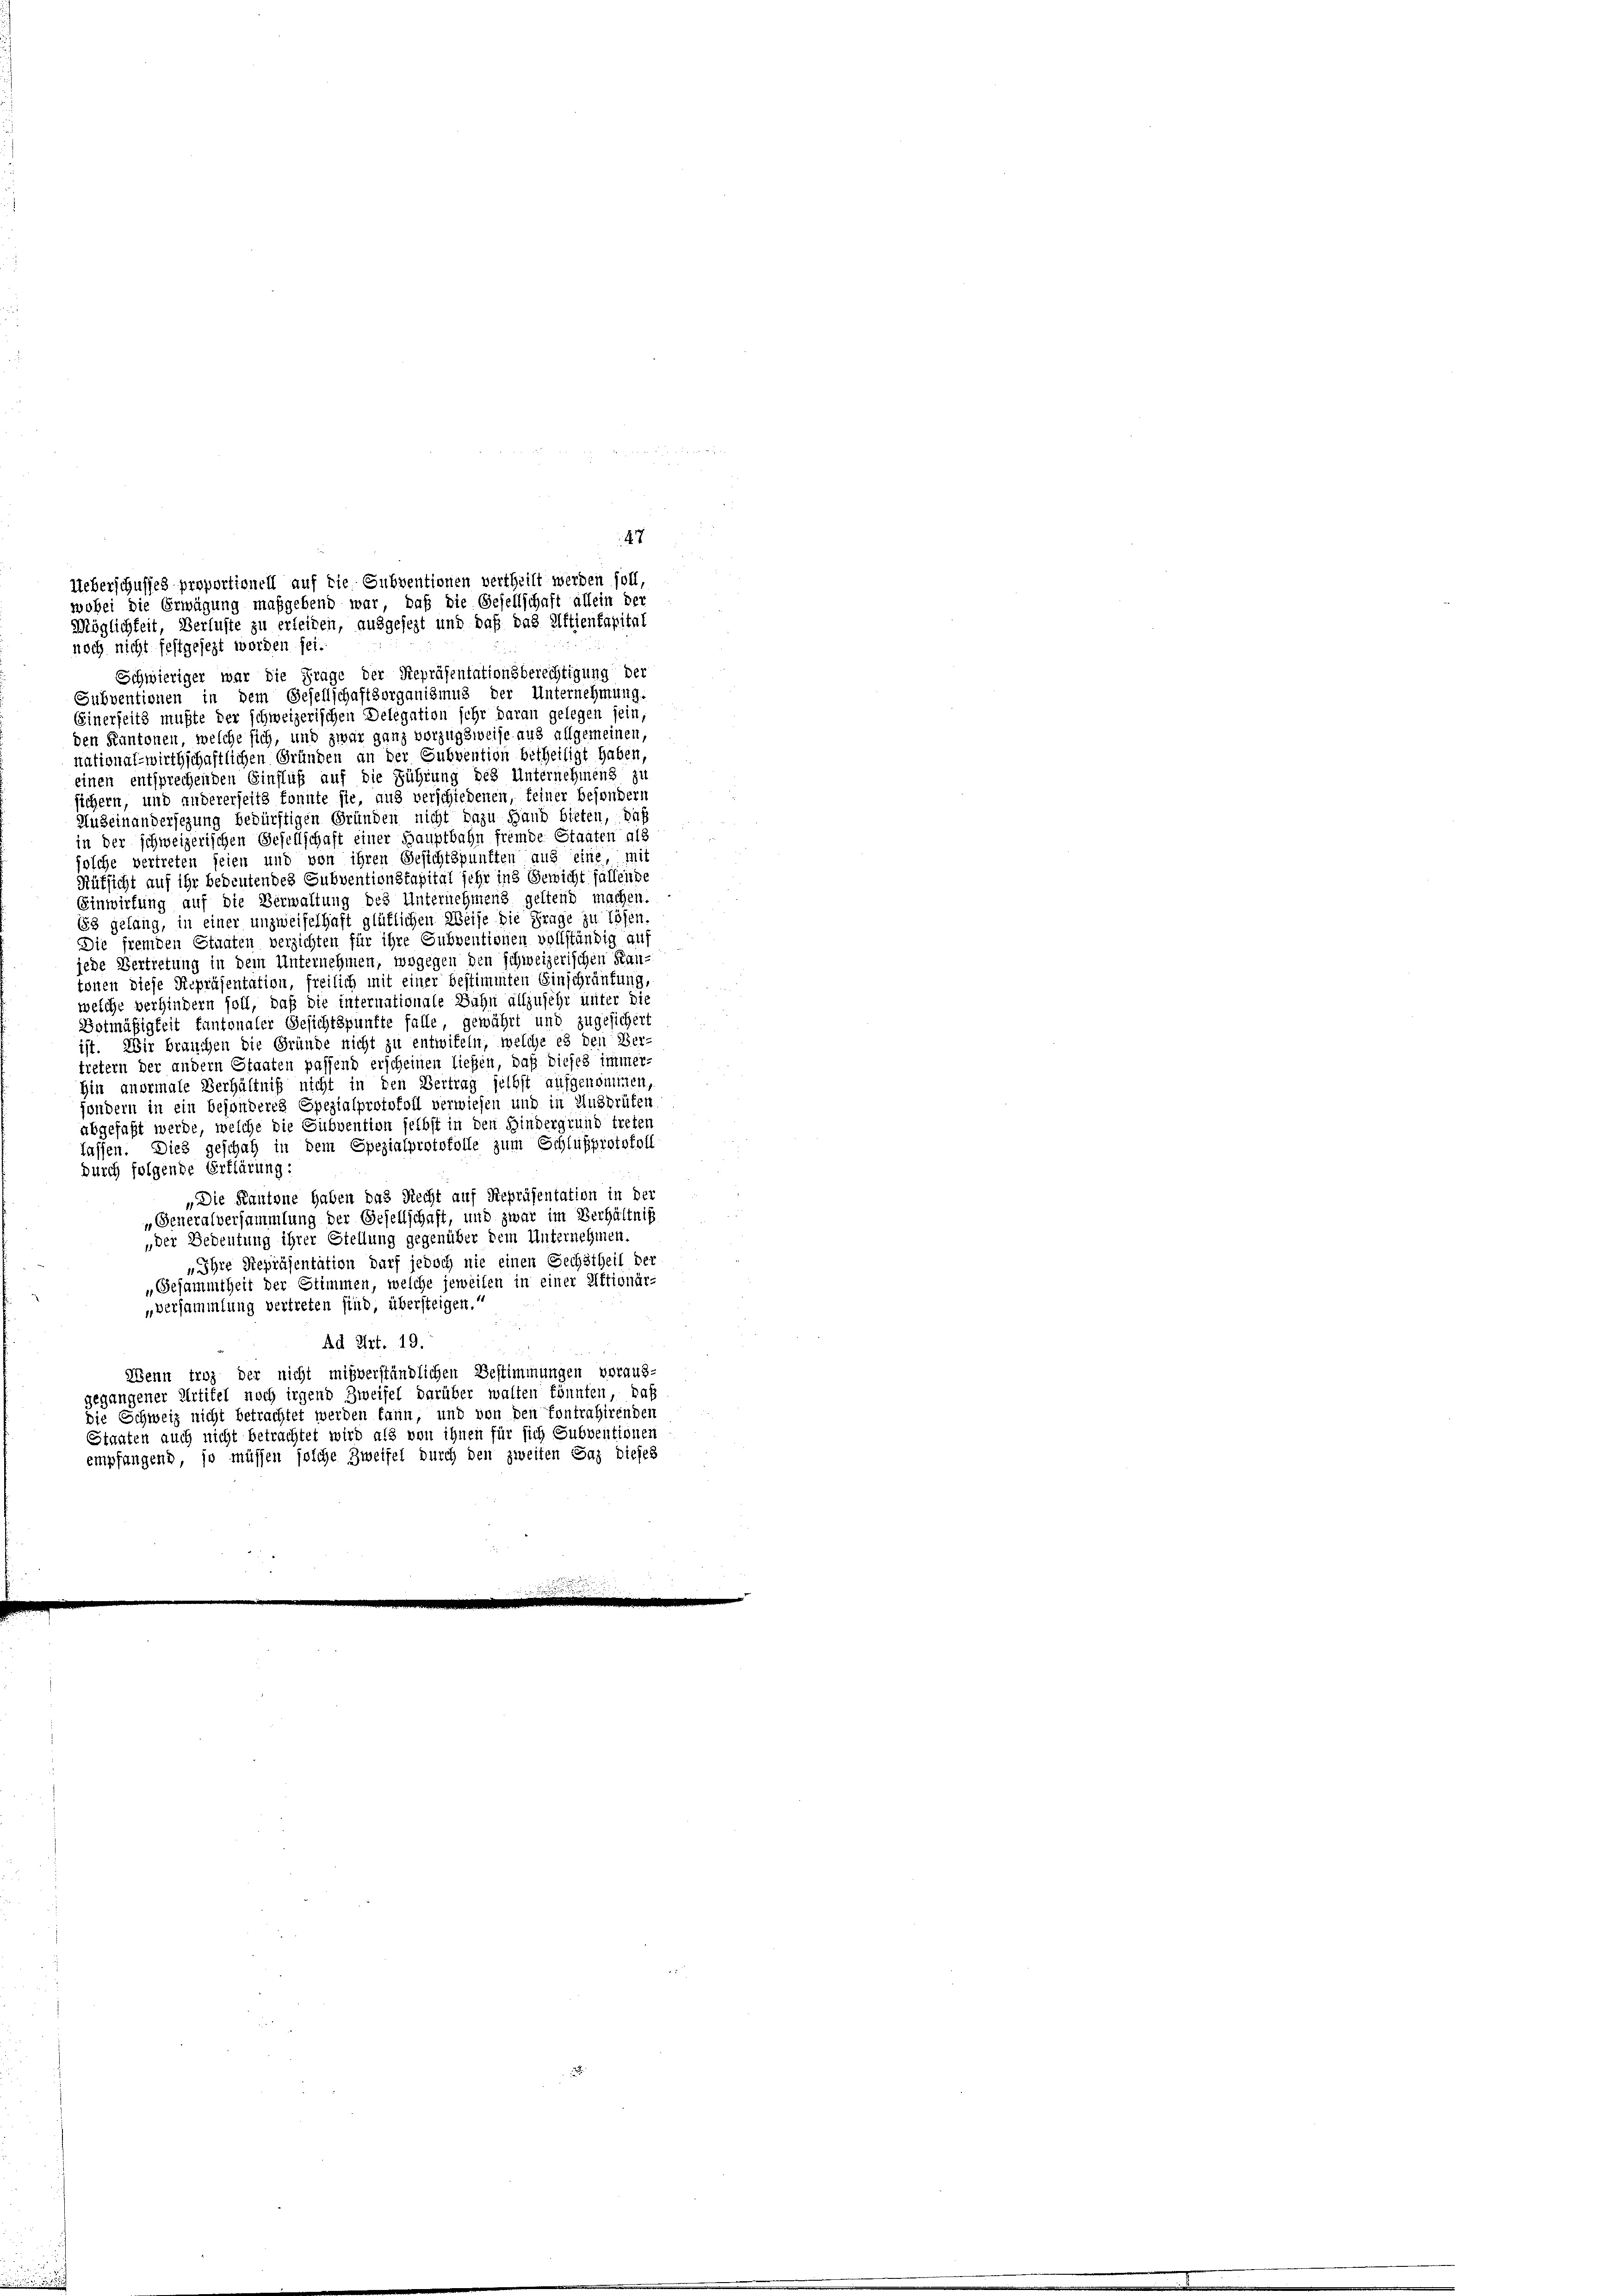
noch nicht festgesezt worden sei.
Schwieriger war die Frage der Repräsentationsberechtigung der
Subventionen in dem Gesellschaftsorganismus der Unternehmung.
Einerseits mußte der schweizerischen Delegation sehr daran gelegen sein,
den Kantonen, welche sich, und zwar ganz vorzugsweise aus allgemeinen,
national-wirthschaftlichen Gründen an der Subvention betheiligt haben,
einen entsprechenden Einfluß auf die Führung des Unternehmens zu
sichern, und andererseits konnte sie, aus verschiedenen, feiner besondern
Auseinandersezung bedürftigen Gründen nicht dazu Hand bieten, daß
in der schweizerischen Gesellschaft einer Hauptbahn fremde Staaten als
olche vertreten seien und von ihren Gesichtspunkten aus eine, mit
Rüksicht auf ihr bedeutendes Subventionstapital sehr ins Gewicht fallende
Einwirtung auf die Verwaltung des Unternehmens geltend machen.
53 gelang, in einer unzweifelhaft glüflichen Weise die Frage zu lösen,
Die fremden Staaten verzichten für ihre Subventionen vollständig auf
jede Vertretung in dem Unternehmen, wogegen den schweizerischen Kan-
tonen diese Repräsentation, freilich mit einer bestimmten Einschränkung,
welche verhindern soll, daß die internationale Bahn allzusehr unter die
Botmäßigkeit fantonaler Gesichtspunkte falle, gewährt und zugesichert
ist. Wir brauchen die Gründe nicht zu entwifeln, welche es den Ver-
tretern der andern Staaten passend erscheinen ließen, daß dieses immer-
hin anormale Verhältniß nicht in den Vertrag selbst aufgenommen,
sondern in ein besonderes Spezialprotokoll verwiesen und in Ansprüfen.
abgefaßt werde, welche die Subvention selbst in den Hindergrund treten
lassen. Dies geschah in dem Spezialprotokolle zum Schlußprotokoll
durch folgende Erklärung:
„Die Kantone haben das Recht auf Repräsentation in der
Generalversammlung der Gesellschaft, und zwar im Verhältnis
„der Bedeutung ihrer Stellung gegenüber dem Unternehmen
„Ihre Repräsentation darf jedoch nie einen Gechstheil der
„Gesammtheit der Stimmen, welche jeweilen in einer Elftionär-
„Versammlung vertreten sind, übersteigen.
Ad Art. 19.
Wenn troz der nicht mißverständlichen Bestimmungen veraus-
gegangener Artifel noch irgend Zweifel darüber walten könnten, daß
die Schweiz nicht betrachtet werden kann, und von den Contrahirenden
Staaten auch nicht betrachtet wird als von ihnen für sich Subventionen
empfangend, so müssen solche Zweifel durch den zweiten Sag dieses

147
Ueberschusses proportionell auf die Subventionen vertheilt werden soll,
wobei die Erwägung maßgebend war, daß die Gesellschaft allein der
Möglichkeit, Verluste zu erleiden, ausgesezt und daß das Aktienkapital